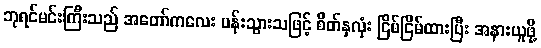
ဘုရင်မင်းကြီးသည် အတော်ကလေး ပန်းသွားသဖြင့် စိတ်နှလုံး ငြိမ်ငြိမ်ထားပြီး အနားယူဖို့